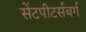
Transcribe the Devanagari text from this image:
सेंटपीटर्सबर्ग